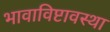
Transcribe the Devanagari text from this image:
भावाविष्टावस्था